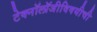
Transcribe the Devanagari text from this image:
टेक्नॉलॉजीविषयीची